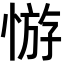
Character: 𢝡